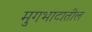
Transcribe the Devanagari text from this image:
मुगभाटातील